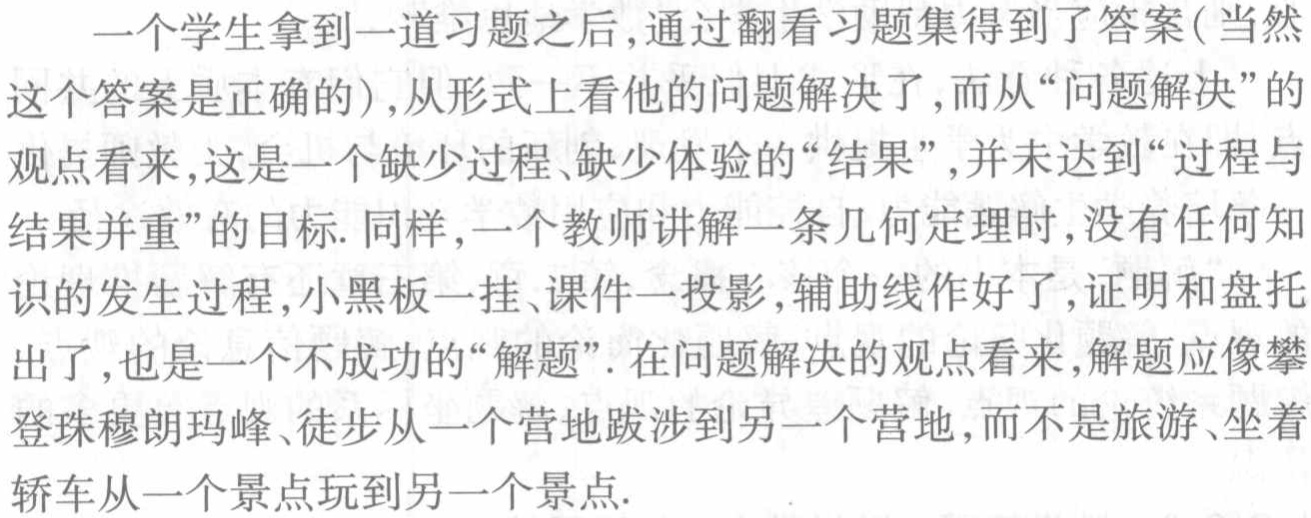
一个学生拿到一道习题之后,通过翻看习题集得到了答案(当然

这个答案是正确的),从形式上看他的问题解决了,而从“问题解决”的

观点看来,这是一个缺少过程、缺少体验的“结果”,并未达到“过程与

结果并重”的目标. 同样,一个教师讲解一条几何定理时,没有任何知

识的发生过程,小黑板一挂、课件一投影,辅助线作好了,证明和盘托

出了,也是一个不成功的“解题”. 在问题解决的观点看来,解题应像攀

登珠穆朗玛峰、徒步从一个营地跋涉到另一个营地,而不是旅游、坐着

轿车从一个景点玩到另一个景点.